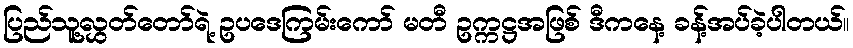
ပြည်သူ့လွှတ်တော်ရဲ့ ဥပဒေကြမ်းကော် မတီ ဥက္ကဋ္ဌအဖြစ် ဒီကနေ့ ခန့်အပ်ခဲ့ပါတယ်။